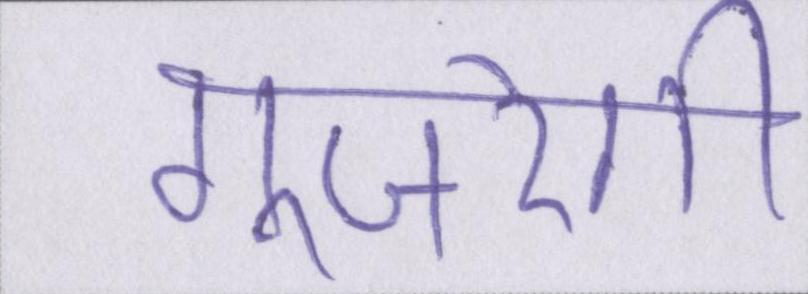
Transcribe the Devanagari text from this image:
गुजरेगी